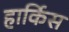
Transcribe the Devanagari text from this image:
हार्किस